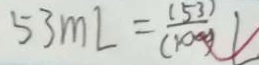
5 3 m l = \frac { 5 3 } { ( 1 0 0 0 ) } L